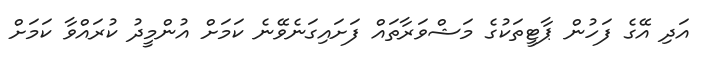
އަދި އޭގެ ފަހުން ޕާޓީތަކުގެ މަޝްވަރާތައް ފަށައިގަނެވޭނެ ކަމަށް އުންމީދު ކުރައްވާ ކަމަށް